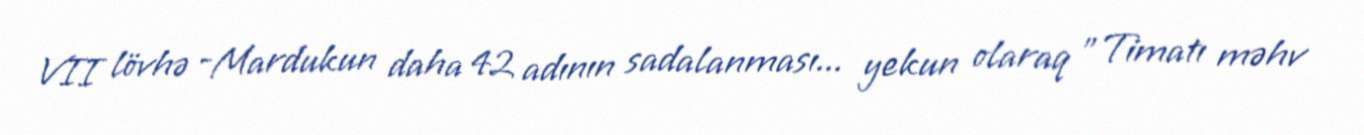
VII lövhə -Mardukun daha 42 adının sadalanması... yekun olaraq "Timatı məhv